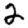
Digit: 2